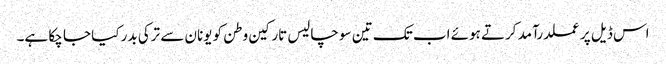
اس ڈیل پر عملدرآمد کرتے ہوئے اب تک تین سو چالیس تارکین وطن کو یونان سے ترکی بدر کیا جا چکا ہے۔